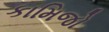
કામિજો